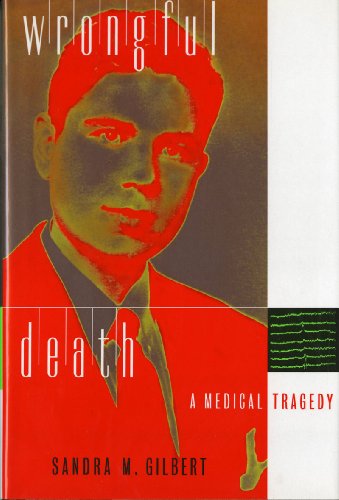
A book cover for Wrongful Death: A Memoir; Sandra M. Gilbert; Law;